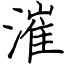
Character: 漼